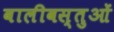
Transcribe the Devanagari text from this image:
वालीवस्तुओं